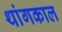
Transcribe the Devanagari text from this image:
थांगकाल